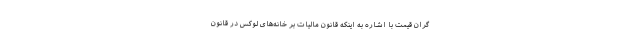
گران قیمت با اشاره به اینکه قانون مالیات بر خانه‌های لوکس در قانون